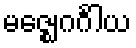
မဇ္ဈေဂင်္ဂါယ